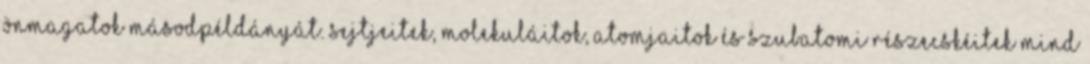
önmagatok másodpéldányát. Sejtjeitek, molekuláitok, atomjaitok és szubatomi részecskéitek mind